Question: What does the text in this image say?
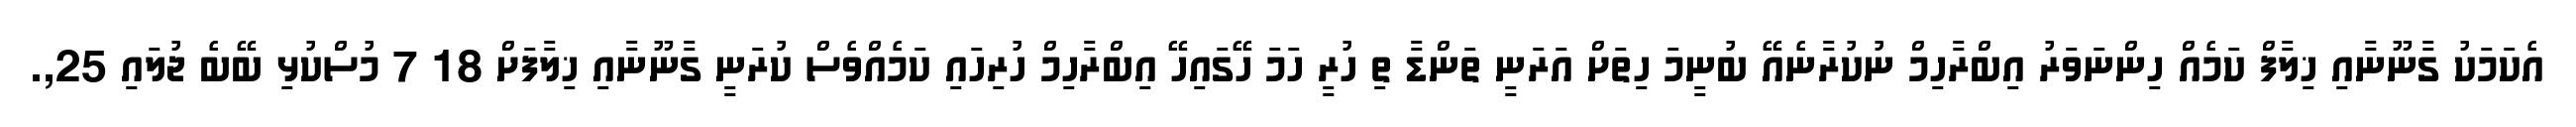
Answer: އެކަމަކު ގާނޫނާއި ޚިލާފް ކަމެއް ހިންނަވަރު އިބްރާހިމް ނުކުރާނެއޭ ބުނީމަ ހިތަށް އަރަނީ ތަންޑާ ތި ހުރީ ހަމަ ހޭގައިހޭ އިބްރާހިމް ހުރިހައި ކަމެއްވެސް ކުރަނީ ގާނޫނާއި ޚިލާފަށް 18 7 މުސްކުޅި ބޭބެ ޖުލައި 25,.